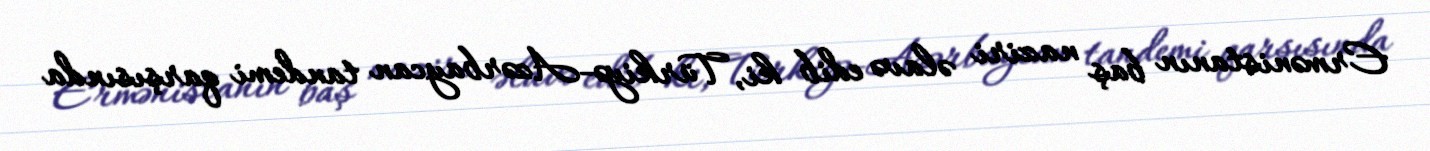
Ermənistanın baş naziri əlavə edib ki, Türkiyə-Azərbaycan tandemi qarşısında